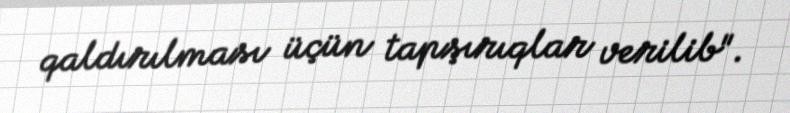
qaldırılması üçün tapşırıqlar verilib".